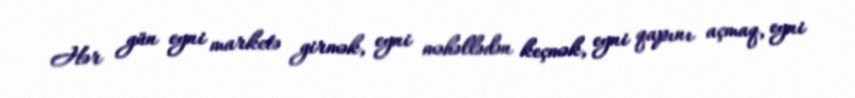
Hər gün eyni marketə girmək, eyni məhəllədən keçmək, eyni qapını açmaq, eyni